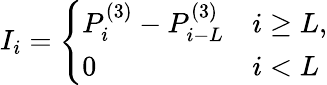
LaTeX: I_{i}=\left\{ \begin{array}{ll}{P_{i}^{(3)}-P_{i-L}^{(3)}}&{i\geq{L},}\\ {0}&{i<{L}}\end{array}\right.